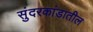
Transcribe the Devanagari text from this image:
सुंदरकांडातील